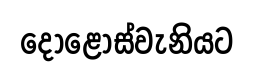
දොළොස්වැනියට